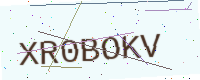
Text: XR0BOKV